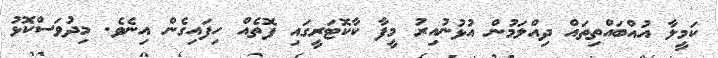
ކަމީލާ އުއްބައްތިތައް ދިއްލަމުން އުޅުނުއިރު މީފާ ކާކޮޓަރީގައި ފޮތެއް ހިފައިގެން އިނެވެ. މިދުވަސްކޮޅު